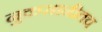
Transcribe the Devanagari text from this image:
नुकसानीतच